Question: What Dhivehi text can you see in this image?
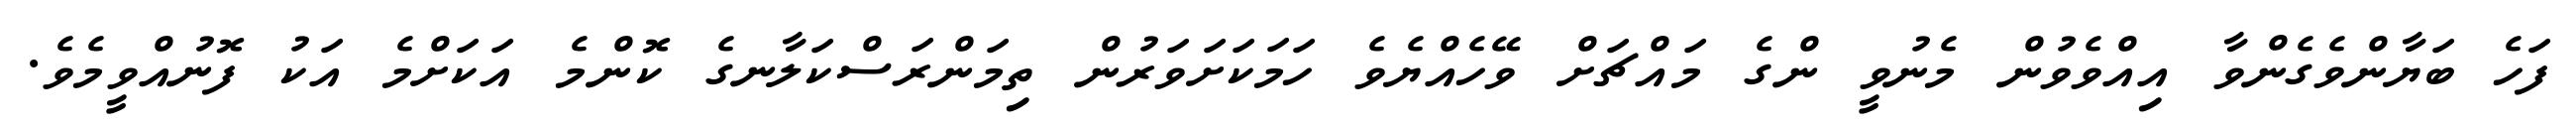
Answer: ފަހެ ބަޔާންވެގެންވާ އިއްވެވުން މެނުވީ ންގެ މައްޗަށް ވޭހެއްޔެވެ ހަމަކަށަވަރުން ތިމަންރަސްކަލާނގެ ކޮންމެ އަކަށްމެ އަކު ފޮނުއްވީމެވެ.